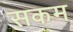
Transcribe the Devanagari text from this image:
सकम